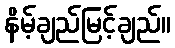
နိမ့်ချည်မြင့်ချည်။